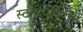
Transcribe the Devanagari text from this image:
स्टीरियोटैक्सी